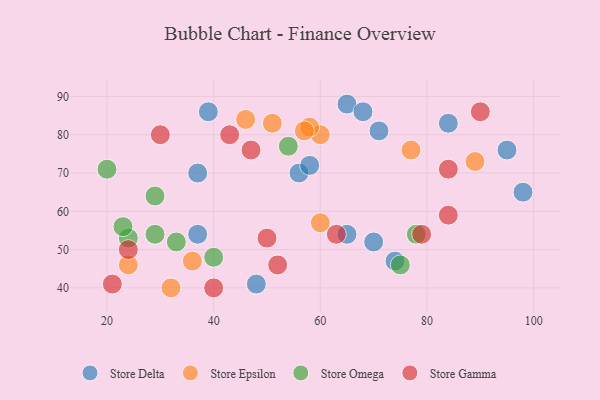
{"axis": {"x": "GDP", "y": "Life Expectancy"}, "legend": ["Store Delta", "Store Epsilon", "Store Gamma", "Store Omega"], "data": [{"x": "48", "y": 41, "type": "Store Delta"}, {"x": "74", "y": 47, "type": "Store Delta"}, {"x": "56", "y": 70, "type": "Store Delta"}, {"x": "95", "y": 76, "type": "Store Delta"}, {"x": "65", "y": 88, "type": "Store Delta"}, {"x": "39", "y": 86, "type": "Store Delta"}, {"x": "65", "y": 54, "type": "Store Delta"}, {"x": "68", "y": 86, "type": "Store Delta"}, {"x": "37", "y": 54, "type": "Store Delta"}, {"x": "84", "y": 83, "type": "Store Delta"}, {"x": "58", "y": 72, "type": "Store Delta"}, {"x": "71", "y": 81, "type": "Store Delta"}, {"x": "98", "y": 65, "type": "Store Delta"}, {"x": "37", "y": 70, "type": "Store Delta"}, {"x": "70", "y": 52, "type": "Store Delta"}, {"x": "60", "y": 80, "type": "Store Epsilon"}, {"x": "60", "y": 57, "type": "Store Epsilon"}, {"x": "58", "y": 82, "type": "Store Epsilon"}, {"x": "32", "y": 40, "type": "Store Epsilon"}, {"x": "24", "y": 46, "type": "Store Epsilon"}, {"x": "36", "y": 47, "type": "Store Epsilon"}, {"x": "46", "y": 84, "type": "Store Epsilon"}, {"x": "51", "y": 83, "type": "Store Epsilon"}, {"x": "57", "y": 81, "type": "Store Epsilon"}, {"x": "77", "y": 76, "type": "Store Epsilon"}, {"x": "89", "y": 73, "type": "Store Epsilon"}, {"x": "54", "y": 77, "type": "Store Omega"}, {"x": "78", "y": 54, "type": "Store Omega"}, {"x": "40", "y": 48, "type": "Store Omega"}, {"x": "24", "y": 53, "type": "Store Omega"}, {"x": "29", "y": 54, "type": "Store Omega"}, {"x": "33", "y": 52, "type": "Store Omega"}, {"x": "20", "y": 71, "type": "Store Omega"}, {"x": "23", "y": 56, "type": "Store Omega"}, {"x": "29", "y": 64, "type": "Store Omega"}, {"x": "75", "y": 46, "type": "Store Omega"}, {"x": "30", "y": 80, "type": "Store Gamma"}, {"x": "63", "y": 54, "type": "Store Gamma"}, {"x": "84", "y": 71, "type": "Store Gamma"}, {"x": "84", "y": 59, "type": "Store Gamma"}, {"x": "79", "y": 54, "type": "Store Gamma"}, {"x": "50", "y": 53, "type": "Store Gamma"}, {"x": "90", "y": 86, "type": "Store Gamma"}, {"x": "21", "y": 41, "type": "Store Gamma"}, {"x": "43", "y": 80, "type": "Store Gamma"}, {"x": "47", "y": 76, "type": "Store Gamma"}, {"x": "24", "y": 50, "type": "Store Gamma"}, {"x": "40", "y": 40, "type": "Store Gamma"}, {"x": "52", "y": 46, "type": "Store Gamma"}]}